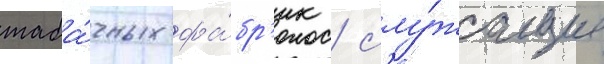
таба́чных фа́бр'ик / слу́жащие